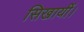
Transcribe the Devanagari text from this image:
सिखायीं।